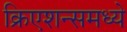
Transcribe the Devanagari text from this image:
क्रिएशन्समध्ये